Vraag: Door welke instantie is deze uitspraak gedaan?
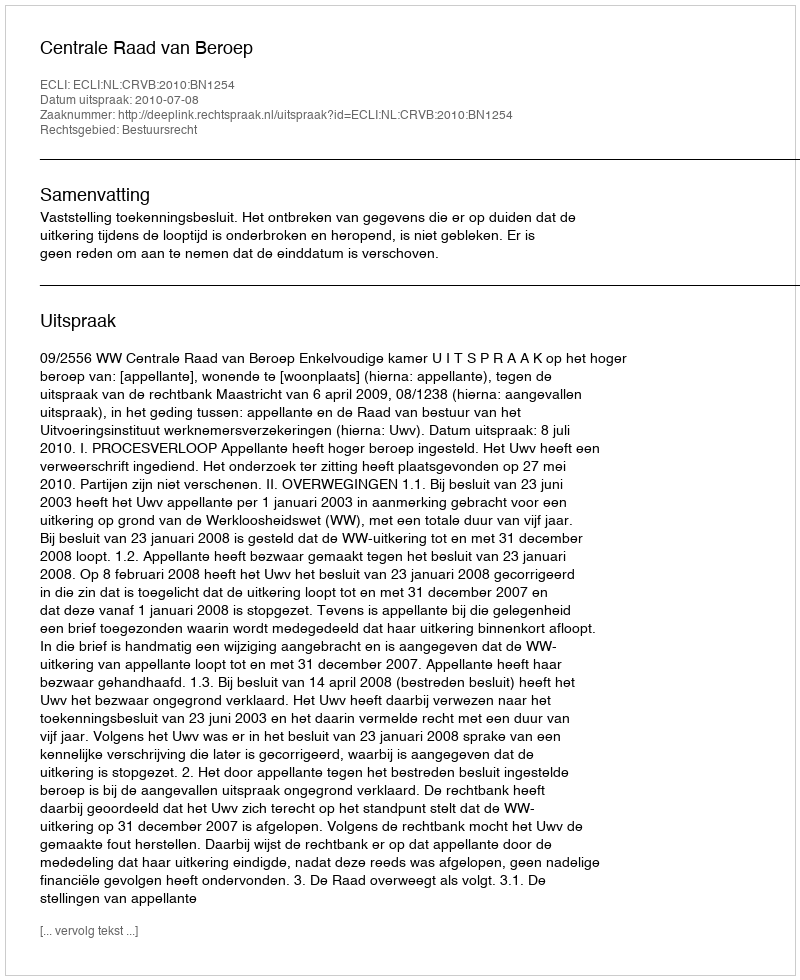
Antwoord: Centrale Raad van Beroep